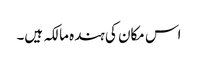
اس مکان کی ہندہ مالکہ ہیں۔